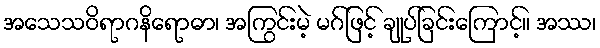
အသေသဝိရာဂနိရောဓာ၊ အကြွင်းမဲ့ မဂ်ဖြင့် ချုပ်ခြင်းကြောင့်။ အဿ၊